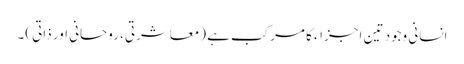
انسانی وجود تین اجزاء کا مرکب ہے (معاشرتی، روحانی اور ذاتی)۔